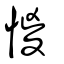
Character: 惾